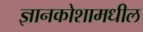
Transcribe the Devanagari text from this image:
ज्ञानकोशामधील